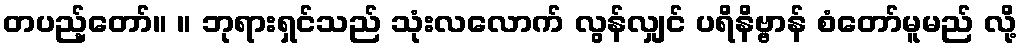
တပည့်တော်။ ။ ဘုရားရှင်သည် သုံးလလောက် လွန်လျှင် ပရိနိဗ္ဗာန် စံတော်မူမည် လို့